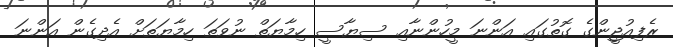
ރެފިއުޖީންގެ ގޮތުގައި އަންނަ މީހުންނާއި ސިޔާސީ ހިމާޔަތް ނުވަތަ ހިމާޔަތަށް އެދިގެން އަންނަ